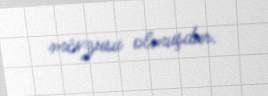
mövzusu olmuşdur.